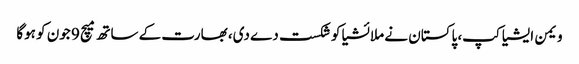
ویمن ایشیا کپ، پاکستان نے ملائشیا کو شکست دے دی، بھارت کے ساتھ میچ 9 جون کو ہوگا